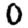
Digit: 0